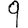
Digit: 9